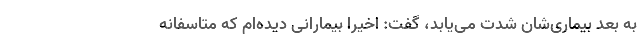
به بعد بیماری‌شان شدت می‌یابد، گفت: اخیرا بیمارانی دیده‌ام که متاسفانه